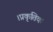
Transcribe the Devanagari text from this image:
।प्रकृतिक